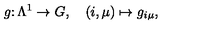
g \colon \Lambda ^ { 1 } \to G , \quad ( i , \mu ) \mapsto g _ { i \mu } ,